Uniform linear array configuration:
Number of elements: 64
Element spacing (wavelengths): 1
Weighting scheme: cosine
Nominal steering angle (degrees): -30
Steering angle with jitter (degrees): -31.589
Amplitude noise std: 0.05
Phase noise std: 0.05

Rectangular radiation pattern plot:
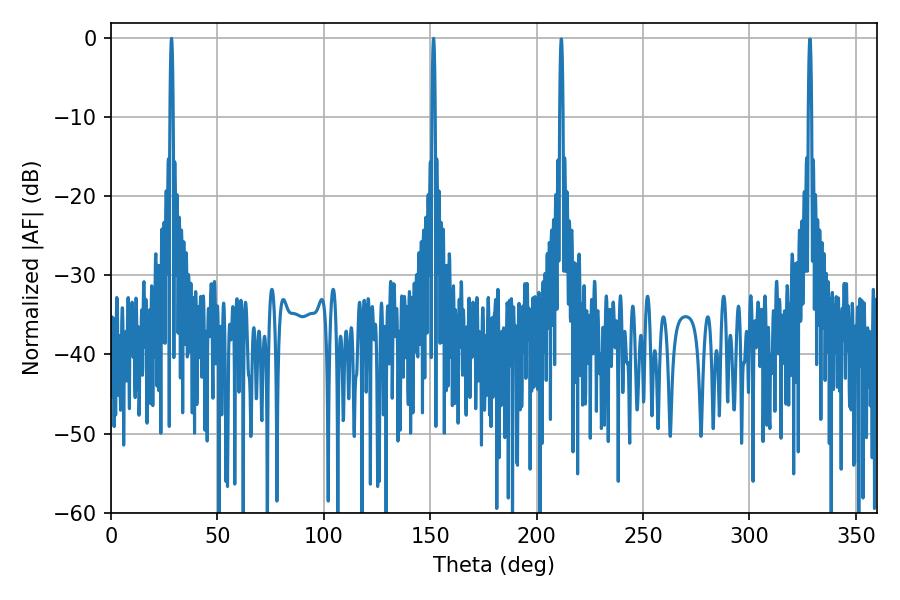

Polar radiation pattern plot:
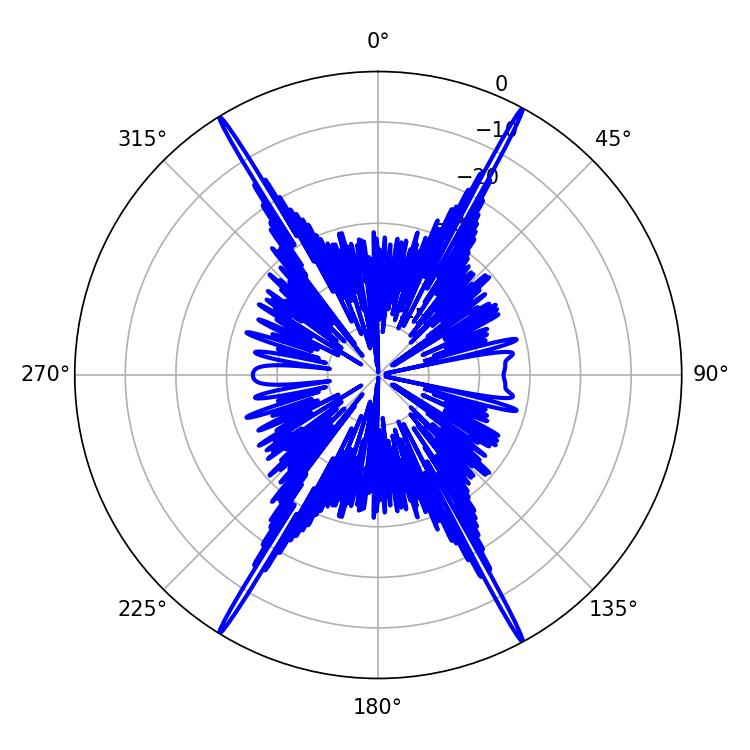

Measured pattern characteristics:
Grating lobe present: TRUE
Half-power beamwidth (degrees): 0.72
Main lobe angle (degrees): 28.44